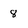
Character: 8